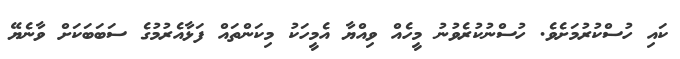
ކައި ހުސްކުރުމަށެވެ. ހުސްނުކުރެވުނު މީހެއް ވިއްޔާ އެމީހަކު މިކަންތައް ފަޅާއެރުމުގެ ސަބަބަކަށް ވާނެޔޭ